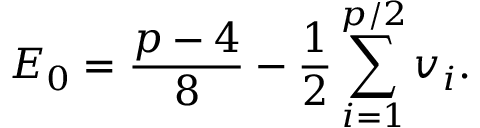
E _ { 0 } = \frac { p - 4 } { 8 } - \frac { 1 } { 2 } \sum _ { i = 1 } ^ { p / 2 } v _ { i } .